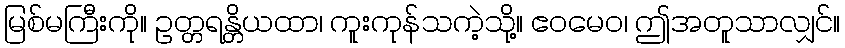
မြစ်မကြီးကို။ ဥတ္တရန္တိယထာ၊ ကူးကုန်သကဲ့သို့။ ဧဝမေဝ၊ ဤအတူသာလျှင်။